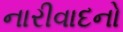
નારીવાદનો